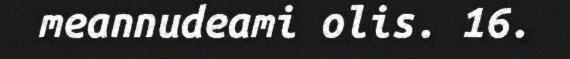
meannudeami olis. 16.